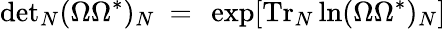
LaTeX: \mathrm{det}_{N}(\Omega\Omega^{*})_{N}\ =\ \exp[\mathrm{Tr}_{N}\ln(\Omega\Omega^{*})_{N}]